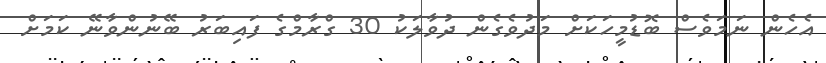
އެހެން ނަމަވެސް ބޮޑުމީހަކަށް މަދުވެގެން ދުވާލަކު 30 ގްރާމްގެ ފައިބަރު ބޭނުންވާނޭ ކަމަށް